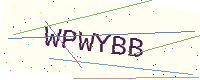
Text: WPWYBB